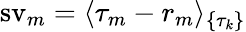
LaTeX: \operatorname{sv}_{m}=\langle\tau_{m}-r_{m}\rangle_{\{ \tau_{k}\} }